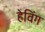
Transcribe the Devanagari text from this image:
हेविंग